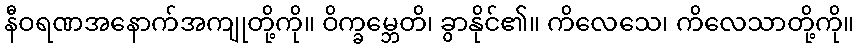
နီဝရဏအနောက်အကျုတို့ကို။ ဝိက္ခမ္ဘေတိ၊ ခွာနိုင်၏။ ကိလေသေ၊ ကိလေသာတို့ကို။